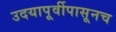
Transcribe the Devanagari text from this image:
उदयापूर्वीपासूनच